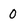
Character: 0